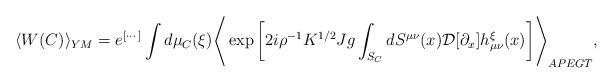
LaTeX: \begin{align*}\langle W(C) \rangle_{YM} = e^{[\cdots]}\int d\mu_C(\xi) \Biggr\langle \exp \left[ 2i \rho^{-1} K^{1/2} Jg \int_{S_C} dS^{\mu\nu}(x) {\cal D}[\partial_x] h_{\mu\nu}^\xi(x) \right] \Biggr\rangle_{APEGT} ,\end{align*}